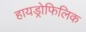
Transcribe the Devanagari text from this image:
हायड्रोफिलिक